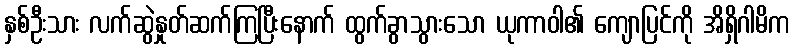
နှစ်ဦးသား လက်ဆွဲနှုတ်ဆက်ကြပြီးနောက် ထွက်ခွာသွားသော ယုကာဝါ၏ ကျောပြင်ကို အိရှိဂါမိက